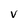
Character: v